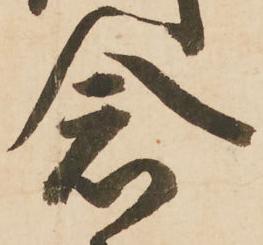
念